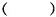
（ ）